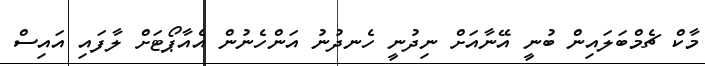
މާކް ޗެމްބަލައިން ބުނީ އޭނާއަށް ނިދުނީ ހެނދުނު އަންހެނުން އެއާޕޯޓަށް ލާފައި އައިސް